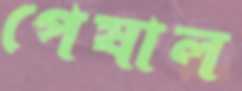
পেষাল